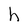
Character: h